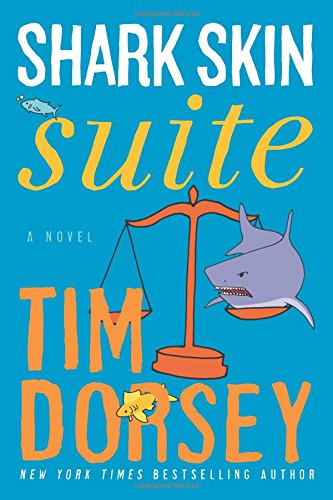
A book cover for Shark Skin Suite: A Novel; Tim Dorsey; Literature & Fiction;